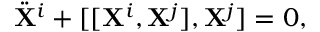
\ddot { \bf X } ^ { i } + [ [ { \bf X } ^ { i } , { \bf X } ^ { j } ] , { \bf X } ^ { j } ] = 0 ,